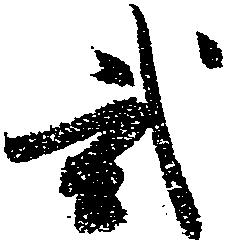
弐